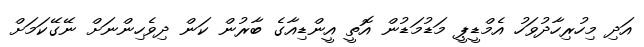
އަދި މިހުރިހާދުވަހު އެމްޑީޕީ މަޑުމަޑުން އޮތީ އީންޑިއާގެ ބާރުން ކަން ދިވެހިންނަށް ނޭގޭކަމަށް